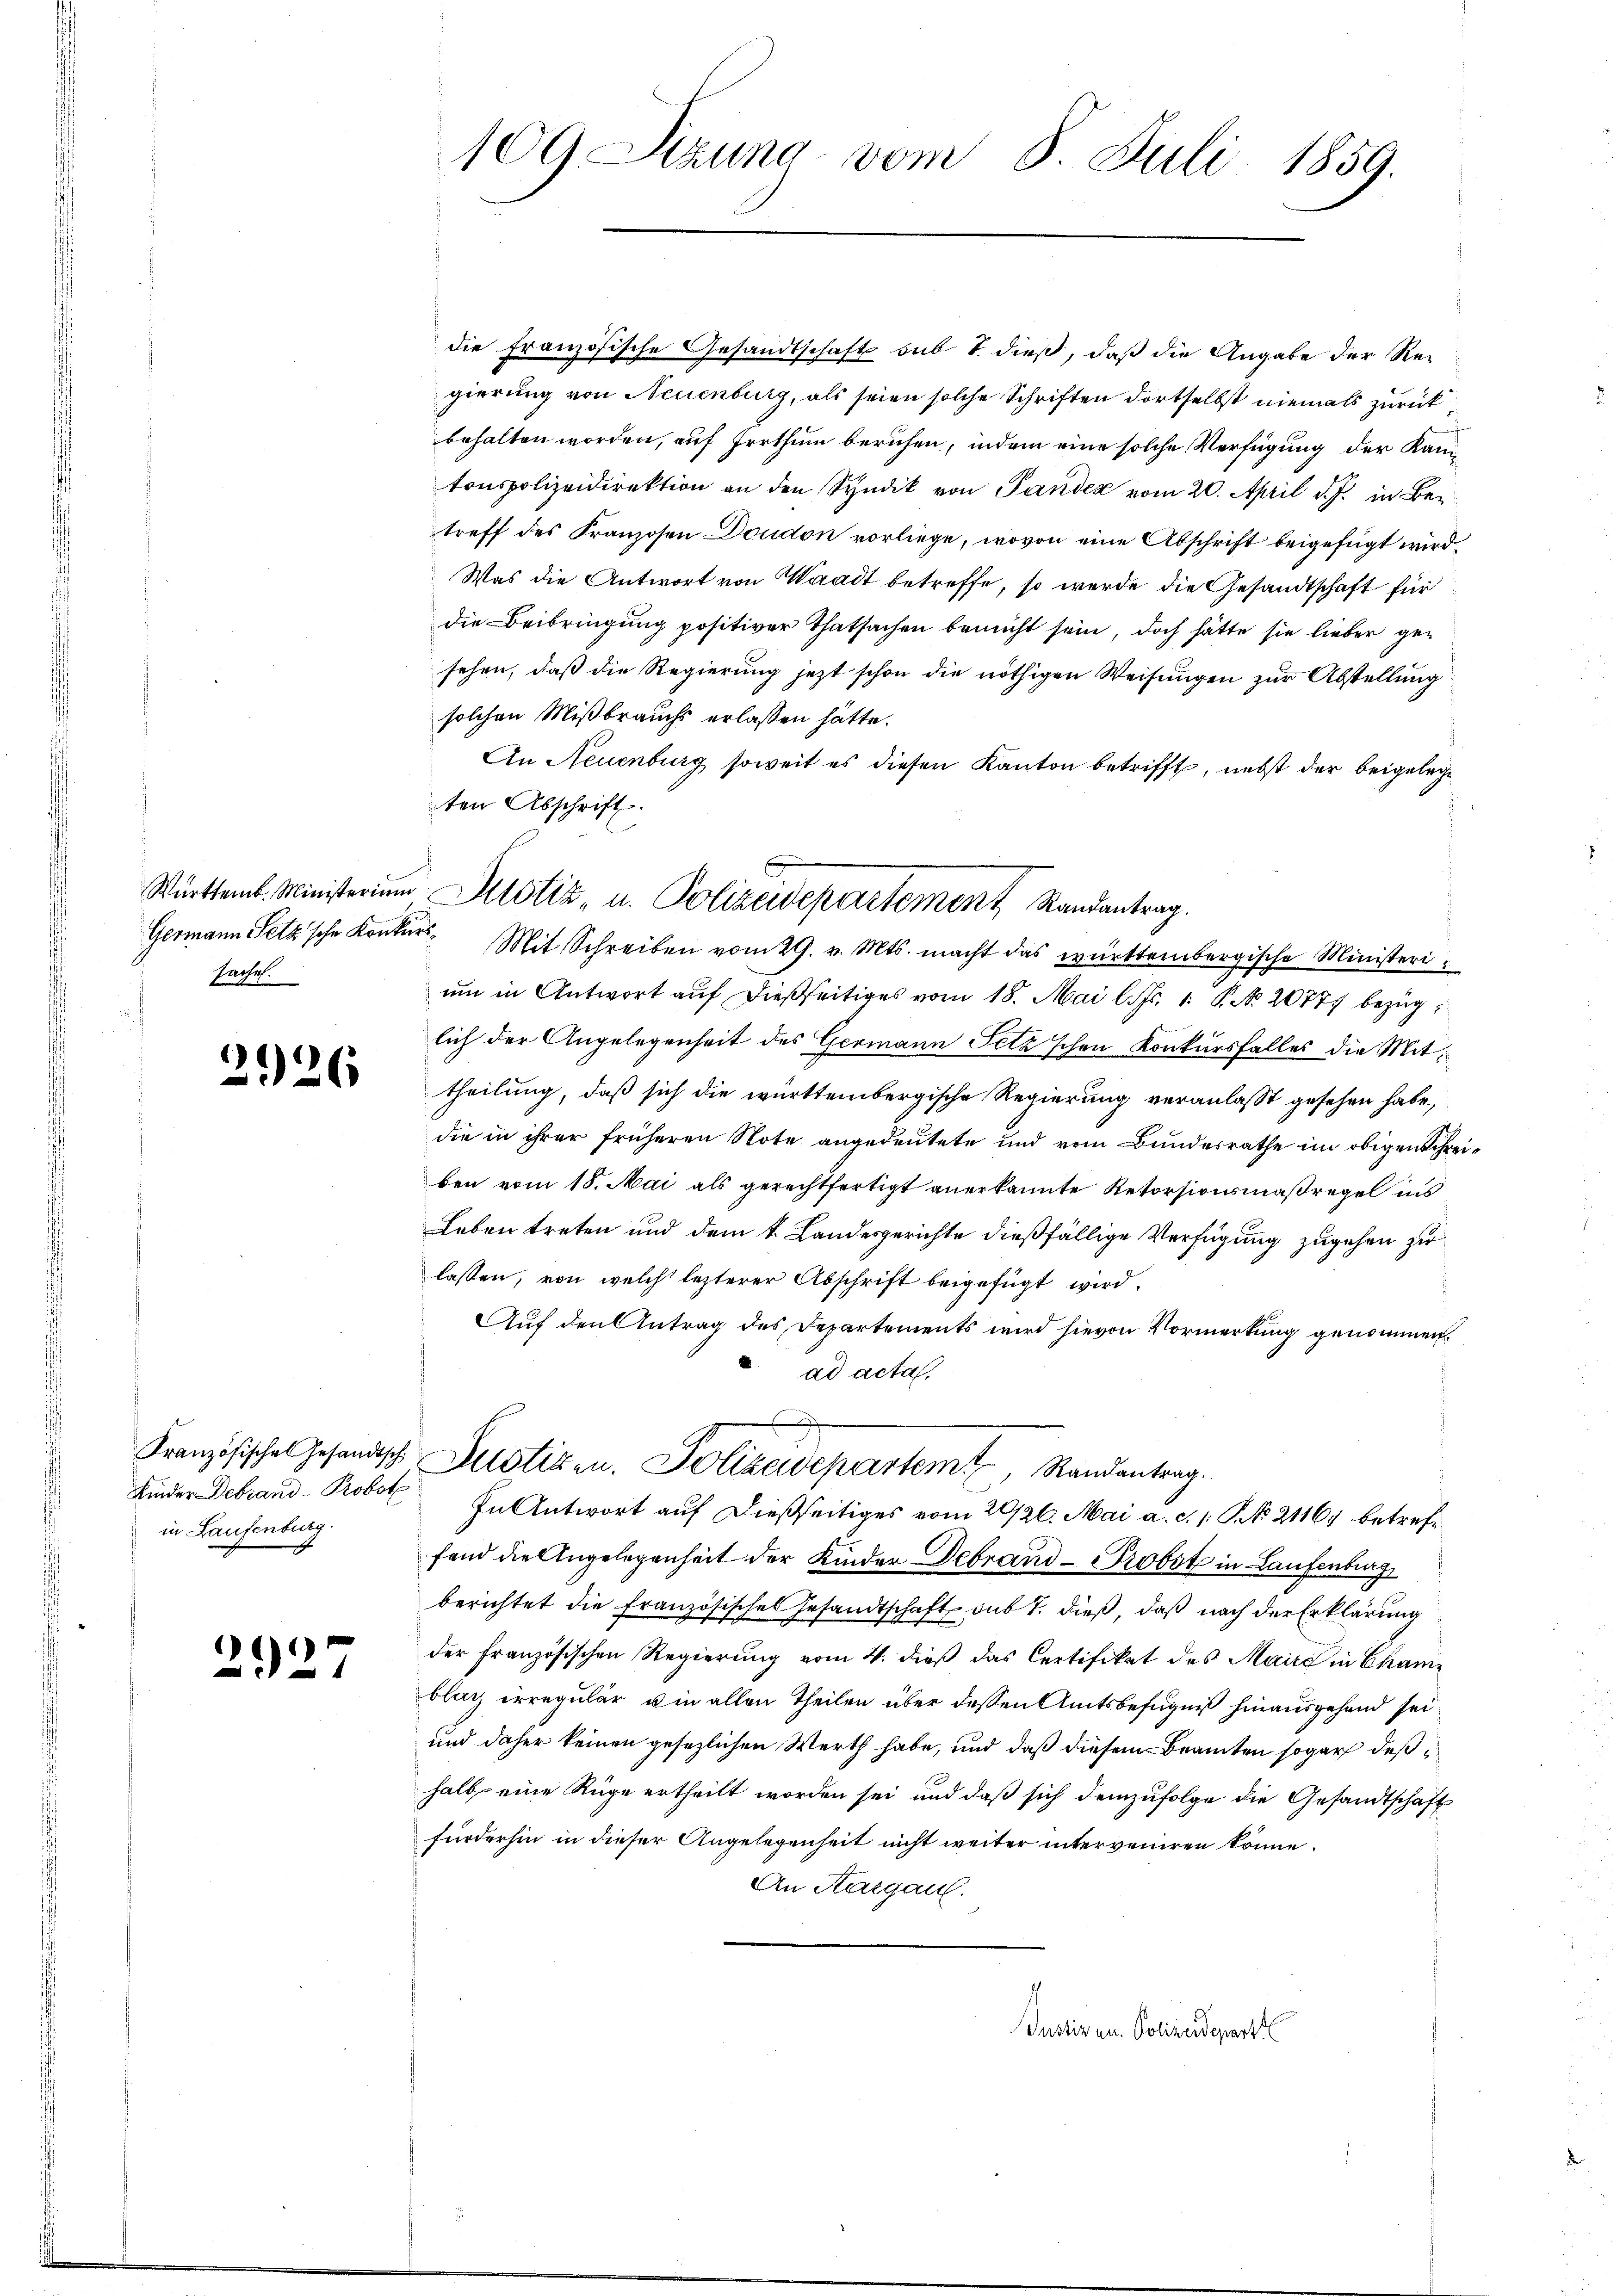
Fachah.

2926

Kranzösisches Gesandtsch
Kinder Debrand- Probst
in Laufenburg.

2927

109 Stzung vom 8. Juli 1859.

die Französische Gesandtschaft sub 1 dieß, daß die Angabe der Re-
gierung von Neuenburg, als seien solche Schriften dortselbst niemals zurück
behalten worden, auf Irrthum beruhen, indem eine solche Verfügung der Kan
tonspolizeidirektion an den Syndik von Panden vom 20. April d. J. in Betreff des Franzosen Doudon vorliege, wovon eine Abschrift beigefügt wird.
Was die Antwort von Waadt betreffe, so werde die Gesandtschaft für
die Beibringung positiver Thatsachen bemüht sein, doch hätte sie lieber gesehen, daß die Regierung jetzt schon die nöthigen Weisungen zur Abstellung
solchen Mißbrauchs erlassen hätte.
An Neuenburg soweit es diesen Kanton betrifft, nebst der beigelege
ten Abschrift
Germann Petz'sche Konters. Mit Schreiben vom 29. v. Mts. macht das württembergische Ministerium in Antwort auf dießseitiges vom 18. Mai l. Js. 1. P. No. 20771 bezuglich der Angelegenheit des Germann Pelz schon Konkursfalles die Mittheilung, daß sich die württembergische Regierung veranlaßt gesehen habe,
die in ihrer früheren Note angedeutete und vom Bundesrathe im obigen Schreiben vom 18. Mai als gerechtfertigt anerkannte Retorsionsmaßregel ins
Leben treten und dem k. Landesgerichte dießfällige Verfügung zugehen zu
lassen, von welch lezterer Abschrift beigefügt wird.
Auf den Antrag des Departements wird hievon Vormerkung genommen.
ad acta.
Justiren. Polizeidepartem Randentrag.
In Antwort auf dießseitiges vom 20/26. Mai a. c. 1 S. 21167 betreffend die Angelegenheit der Kinder Debrand - Probst in Laufenburg
berichtet die Französisches Gesandtschaft sub 7. dieß, daß nach der Erklärung
der französischen Regierung vom 4. dieß das Certifikat des Maire in Cham
blag erregulär u in allen Theilen über dessen Amtsbefugniß hinausgehend sei¬
und daher keinen gesezlichen Werth habe, und daß diesem Beamten sogar deßhalb eine Rüge ertheilt worden sei, und daß sich demzufolge die Gesandtschaft
fürderhin in dieser Angelegenheit nicht weiter interveniren könne.
An Aargau.

Württemb. Ministerium Altstiz- u. Polizeidepartement Randantrag.

Justiz an. Polizeidepart